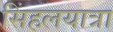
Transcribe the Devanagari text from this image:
सिंहलयात्रा